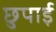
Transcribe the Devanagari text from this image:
छुपाई